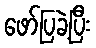
ဖော်ပြခဲ့ပြီး